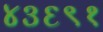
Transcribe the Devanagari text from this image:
४३६९१